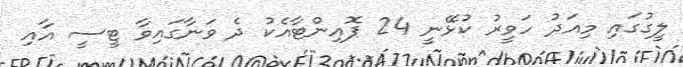
ލީގުގައި މިއަދު ހަވީރު ކުޅޭނީ 24 ޕޮއިންޓާއެކު ދެ ވަނާގައިވާ ޓީސީ އާއި